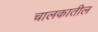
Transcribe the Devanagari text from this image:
चालकातील